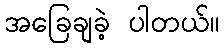
အခြေချခဲ့ ပါတယ်။